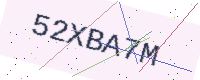
Text: 52XBA7M